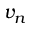
v _ { n }